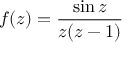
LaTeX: f ( z ) = { \frac { \sin z } { z ( z - 1 ) } }